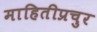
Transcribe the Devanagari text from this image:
माहितीप्रचुर